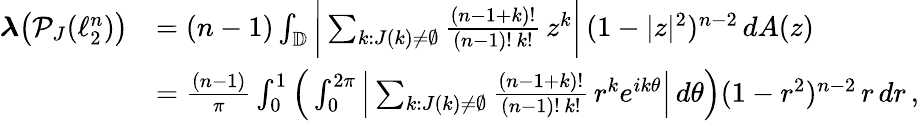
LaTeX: \begin{array}{rl}{\boldsymbol{\lambda}\big(\mathcal{P}_{J}(\ell_{2}^{n})\big)}&{=(n-1)\int_{\mathbb{D}}\bigg|\sum_{k:J(k)\neq\emptyset}\frac{(n-1+k)!}{(n-1)!\, k!}\, z^{k}\bigg|\, (1-|z|^{2})^{n-2}\, dA(z)}\\ &{=\frac{(n-1)}{\pi}\int_{0}^{1}\Big(\int_{0}^{2\pi}\Big|\sum_{k:J(k)\neq\emptyset}\frac{(n-1+k)!}{(n-1)!\, k!}\, r^{k}e^{ik\theta}\Big|\, d\theta\Big)(1-r^{2})^{n-2}\, r\, dr\, ,}\end{array}